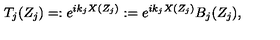
T _ { j } ( Z _ { j } ) = : e ^ { i k _ { j } X ( Z _ { j } ) } : = e ^ { i k _ { j } X ( Z _ { j } ) } B _ { j } ( Z _ { j } ) ,